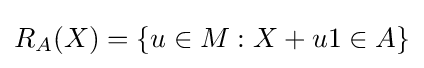
R_{A}(X)=\{u\in M:X+u1\in A\}